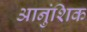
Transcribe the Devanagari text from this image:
आनुंशिक